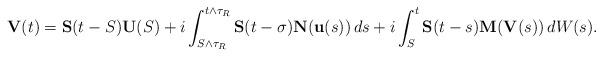
LaTeX: \begin{align*} \mathbf V(t) = \mathbf S(t-S) \mathbf U(S) + i \int_{S \wedge \tau_R}^{t \wedge \tau_R} \mathbf S(t-\sigma) \mathbf N(\mathbf u(s)) \, ds + i \int_{S}^t \mathbf S(t-s) \mathbf M(\mathbf V(s)) \, dW(s).\end{align*}